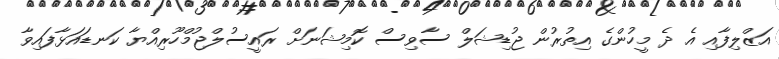
އަޒްލިފާއި އެ ދެ މީހުންގެ އިތުރުން ޖުޑިޝަލް ސާވިސް ކޮމިޝަނަށް ރައީސުލްޖުމްހޫރިއްޔާ ކަނޑައަޅާފައިވާ